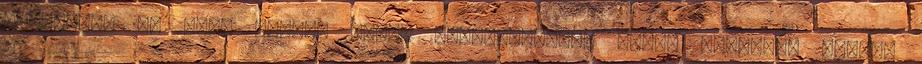
kiderült, de csak azután kérte kivizsgálását Tonka vészesen fogyni